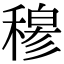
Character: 𥡆